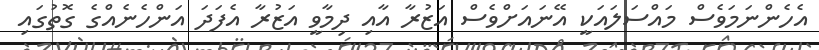
އެހެންނަމަވެސް މައްސަލައަކީ އޭނައަށްވެސް އަޒުރާ އާއި ދިމާވީ އަޒުރާ އެފަދަ އަންހެނެއްގެ ގޮތުގައި